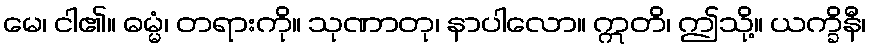
မေ၊ ငါ၏။ ဓမ္မံ၊ တရားကို။ သုဏာတု၊ နာပါလော။ ဣတိ၊ ဤသို့။ ယက္ခိနီ၊